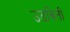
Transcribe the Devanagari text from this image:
उडविती